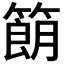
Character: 𬕨